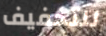
للتخفيف